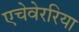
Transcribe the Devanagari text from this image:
एचेवेररिया